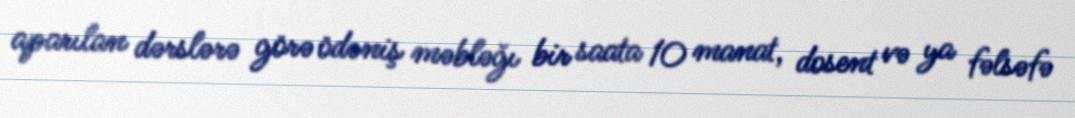
aparılan dərslərə görə ödəniş məbləğı bir saata 10 manat, dosent və ya fəlsəfə